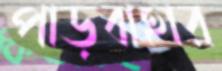
পাড়বাহার